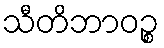
သီတိဘာဝဉ္စ